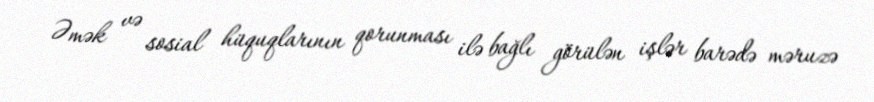
Əmək və sosial hüquqlarının qorunması ilə bağlı görülən işlər barədə məruzə